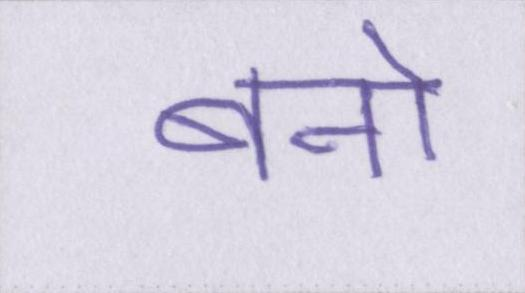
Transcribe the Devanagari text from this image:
बनो